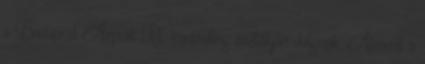
a Budapest Airport Rt. kontrolling osztályán dolgozik. Átment a